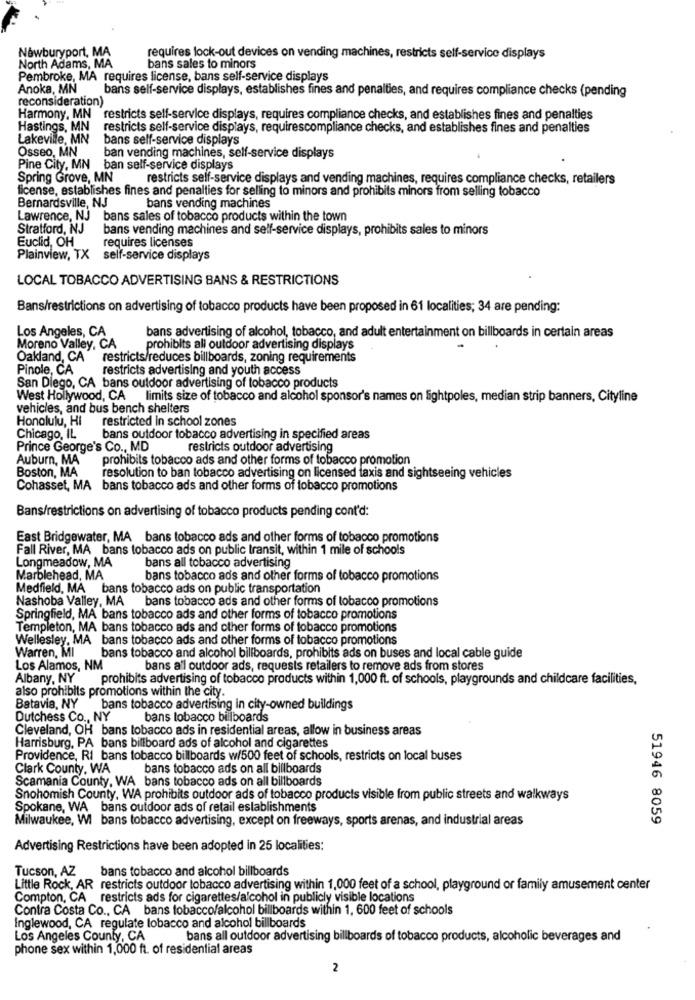
Newburyport, MA
North Adams, MA
requires lock-out devices on vending machines, restricts self-service displays
bans sales to minors
Pembroke, MA requires license, bans self-service displays
Anoka, MN
bans self-service displays, establishes fines and penalties, and requires compliance checks (pending
reconsideration)
Harmony, MN restricts self-service displays, requires compliance checks, and establishes fines and penalties
Hastings, MN
restricts self-service displays, requirescompliance checks, and establishes fines and penalties
Lakeville, MN
bans self-service displays
Osseo, MN
ban vending machines, self-service displays
Pine City, MN ban self-service displays
Spring Grove, MN
restricts self-service displays and vending machines, requires compliance checks, retailers
license, establishes fines and penalties for selling to minors and prohibits minors from selling tobacco
Bernardsville, NJ
bans vending machines
Lawrence, NJ bans sales of tobacco products within the town
Stratford, NJ
bans vending machines and self-service displays, prohibits sales to minors
Euclid, OH
requires licenses
Plainview, TX self-service displays
LOCAL TOBACCO ADVERTISING BANS & RESTRICTIONS
Bans/restrictions on advertising of tobacco products have been proposed in 61 localities; 34 are pending:
Los Angeles, CA
bans advertising of alcohol, tobacco, and adult entertainment on billboards in certain areas
Moreno Valley, CA
prohibits all outdoor advertising displays
Oakland, CA
restricts/reduces billboards, zoning requirements
Pinole, CA
restricts advertising and youth access
San Diego, CA bans outdoor advertising of tobacco products
West Hollywood, CA limits size of tobacco and alcohol sponsor's names on lightpoles, median strip banners, Cityline
vehicles, and bus bench shelters
Honolulu, Hi
restricted in school zones
Chicago, IL
bans outdoor tobacco advertising in specified areas
Prince George's Co ., MD
restricts outdoor advertising
Auburn, MA
prohibits tobacco ads and other forms of tobacco promotion
Boston, MA
resolution to ban tobacco advertising on licensed taxis and sightseeing vehicles
Cohasset, MA bans tobacco ads and other forms of tobacco promotions
Bans/restrictions on advertising of tobacco products pending cont'd:
East Bridgewater, MA bans tobacco ads and other forms of tobacco promotions
Fall River, MA bans tobacco ads on public transit, within 1 mile of schools
Longmeadow, MA
bans all tobacco advertising
Marblehead, MA
bans tobacco ads and other forms of tobacco promotions
Medfield, MA bans tobacco ads on public transportation
Nashoba Valley, MA bans tobacco ads and other forms of tobacco promotions
Springfield, MA bans tobacco ads and other forms of tobacco promotions
Templeton, MA bans tobacco ads and other forms of tobacco promotions
Wellesley, MA bans tobacco ads and other forms of tobacco promotions
Warren, MI
bans tobacco and alcohol billboards, prohibits ads on buses and local cable guide
Los Alamos, NM
bans a'l outdoor ads, requests retailers to remove ads from stores
Albany, NY
prohibits advertising of tobacco products within 1,000 ft. of schools, playgrounds and childcare facilities,
also prohibits promotions within the city.
Batavia, NY
bans tobacco advertising in city-owned buildings
Dutchess Co ., NY
bans lobacco billboards
Cleveland, OH bans tobacco ads in residential areas, allow in business areas
Harrisburg, PA bans billboard ads of alcohol and cigarettes
Providence, RI bans tobacco billboards w/500 feet of schools, restricts on local buses
Clark County, WA
bans tobacco ads on all billboards
Scamania County, WA bans tobacco ads on all billboards
Snohomish County, WA prohibits outdoor ads of tobacco products visible from public streets and walkways
Spokane, WA bans outdoor ads of retail establishments
Milwaukee, WI bans tobacco advertising, except on freeways, sports arenas, and industrial areas
51946 8059
Advertising Restrictions have been adopted in 25 localities:
Tucson, AZ
bans tobacco and alcohol billboards
Little Rock, AR restricts outdoor tobacco advertising within 1,000 feet of a school, playground or family amusement center
Compton, CA restricts ads for cigarettes/alcohol in publicly visible locations
Contra Costa Co ., CA bans tobacco/alcohol billboards within 1, 600 feet of schools
Inglewood, CA regulate lobacco and alcohol billboards
Los Angeles County, CA
bans all outdoor advertising billboards of tobacco products, alcoholic beverages and
phone sex within 1,000 ft. of residential areas
2